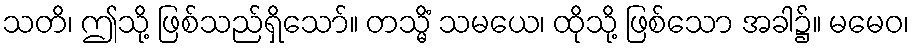
သတိ၊ ဤသို့ ဖြစ်သည်ရှိသော်။ တသ္မိံ သမယေ၊ ထိုသို့ ဖြစ်သော အခါ၌။ မမေဝ၊